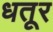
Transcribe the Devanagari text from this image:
धतूर